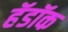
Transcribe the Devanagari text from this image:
हॅडॉक